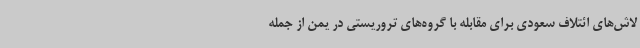
لاش‌های ائتلاف سعودی برای مقابله با گروه‌های تروریستی در یمن از جمله